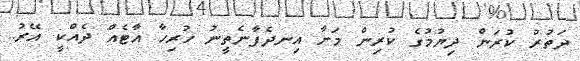
ދަތުރު ކުރަން ދިޔުމުގެ ކުރިން މަށާ އިނދެފާނެތީނު ހުރިހާ އާޓެއް ދެއްކީ އޭރު..